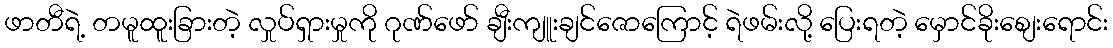
ဖာတီရဲ့ တမူထူးခြားတဲ့ လှုပ်ရှားမှုကို ဂုဏ်ဖော် ချီးကျူးချင်ဇောကြောင့် ရဲဖမ်းလို့ ပြေးရတဲ့ မှောင်ခိုးစျေးရောင်း